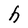
Character: h